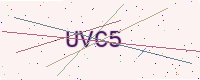
Text: UVC5